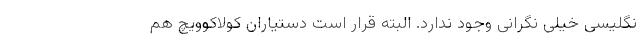
نگلیسی خیلی نگرانی وجود ندارد. البته قرار است دستیاران کولاکوویچ هم